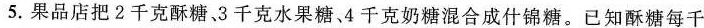
5.果品店把2千克酥糖、3千克水果糖、4千克奶糖混合成什锦糖。已知酥糖每千